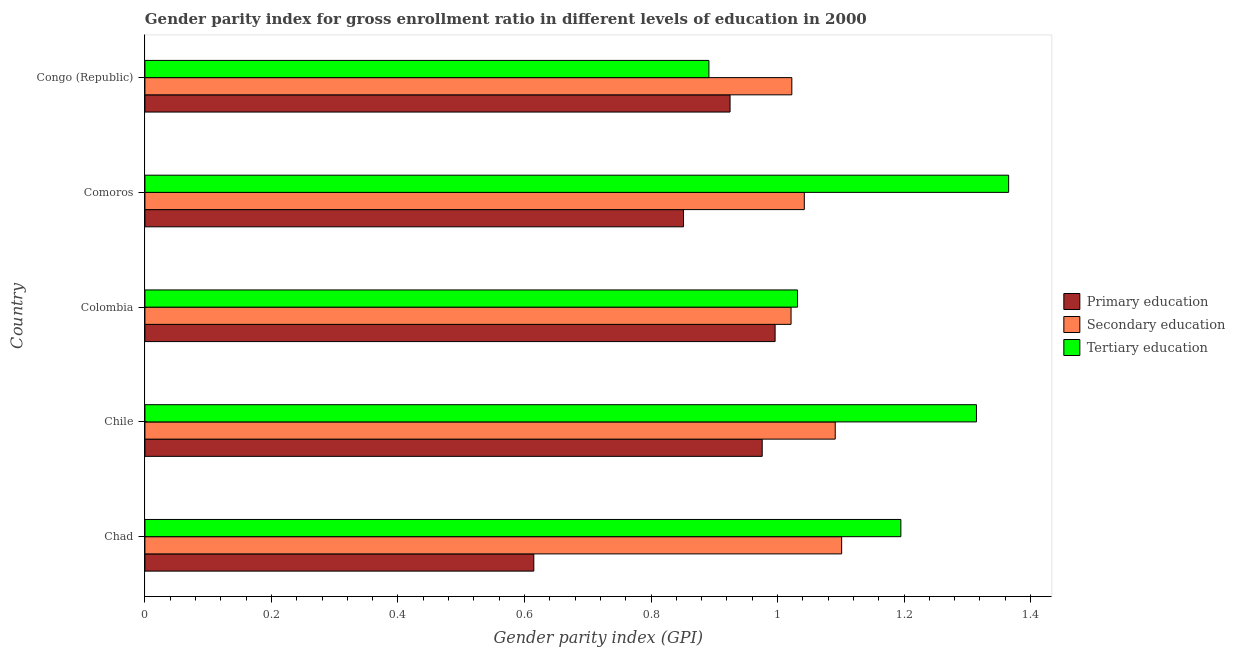
| Country | Primary education | Secondary education | Tertiary education |
 | --- | --- | --- | --- |
 | Chad | 0.615 | 1.1 | 1.19 |
 | Chile | 0.976 | 1.09 | 1.31 |
 | Colombia | 0.996 | 1.02 | 1.03 |
 | Comoros | 0.851 | 1.04 | 1.37 |
 | Congo (Republic) | 0.925 | 1.02 | 0.892 |